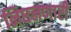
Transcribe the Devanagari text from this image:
निघनणारी